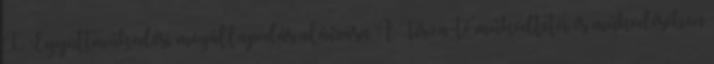
I. Együttműködési megállapodás aláírása A Tisza-tó működtetői és működésében